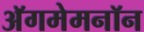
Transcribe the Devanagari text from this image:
अॅगमेमनॉन